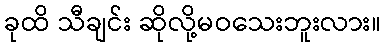
ခုထိ သီချင်း ဆိုလို့မဝသေးဘူးလား။